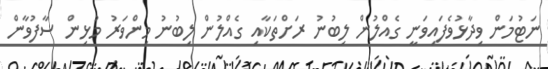
ނަޓުމަން ވިދާޅުވެފައިވަނީ ގެއްލުން ލިބުނު ރަށްތަކާއި ގެއްލުން ލިބުނު މިންވަރު މުޅިން ސާފުވާން